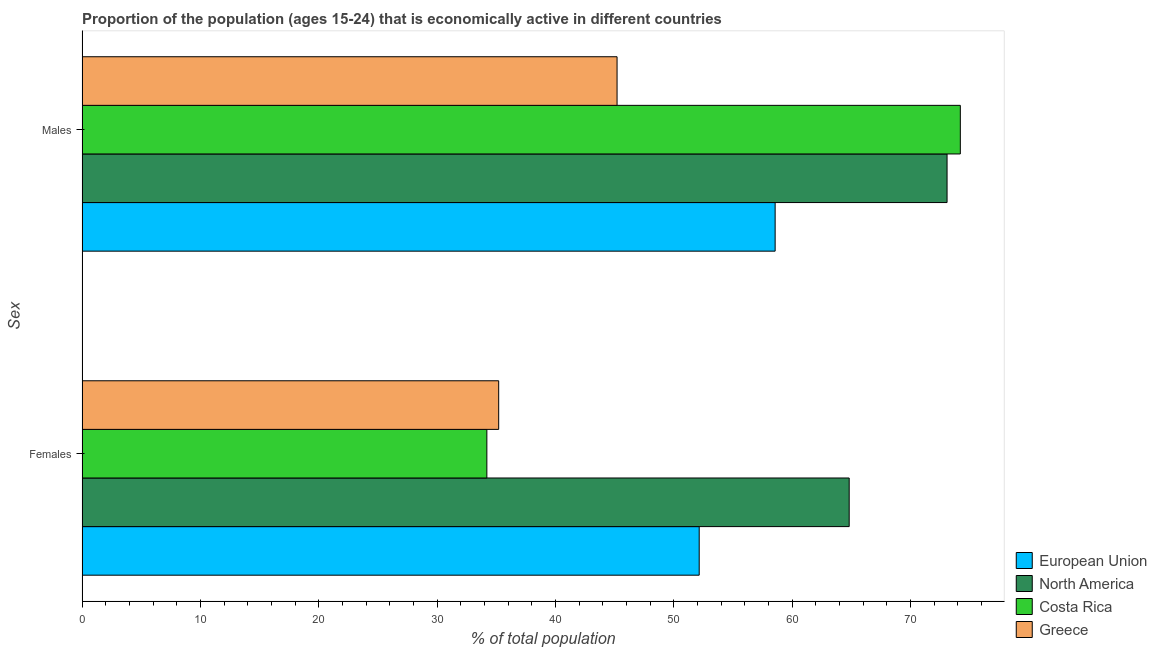
| Sex | European Union | North America | Costa Rica | Greece |
 | --- | --- | --- | --- | --- |
 | Females | 52.1 | 64.8 | 34.2 | 35.2 |
 | Males | 58.6 | 73.1 | 74.2 | 45.2 |